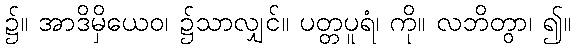
၌။ အာဒိမှိယေဝ၊ ၌သာလျှင်။ ပတ္တပူရံ၊ ကို။ လဘိတွာ၊ ၍။